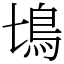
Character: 𩾔